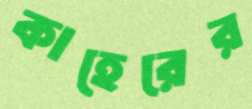
কাহেরের